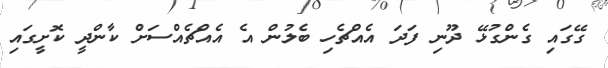
ގޭގައި ގެންގުޅޭ ދޫނި ފަދަ އެއްޗެހި ބެލުން އެ އެއްޗެއްސަށް ކާންދީ ކޮށީގައި